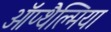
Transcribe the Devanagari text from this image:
ऑप्‍थैल्मिया